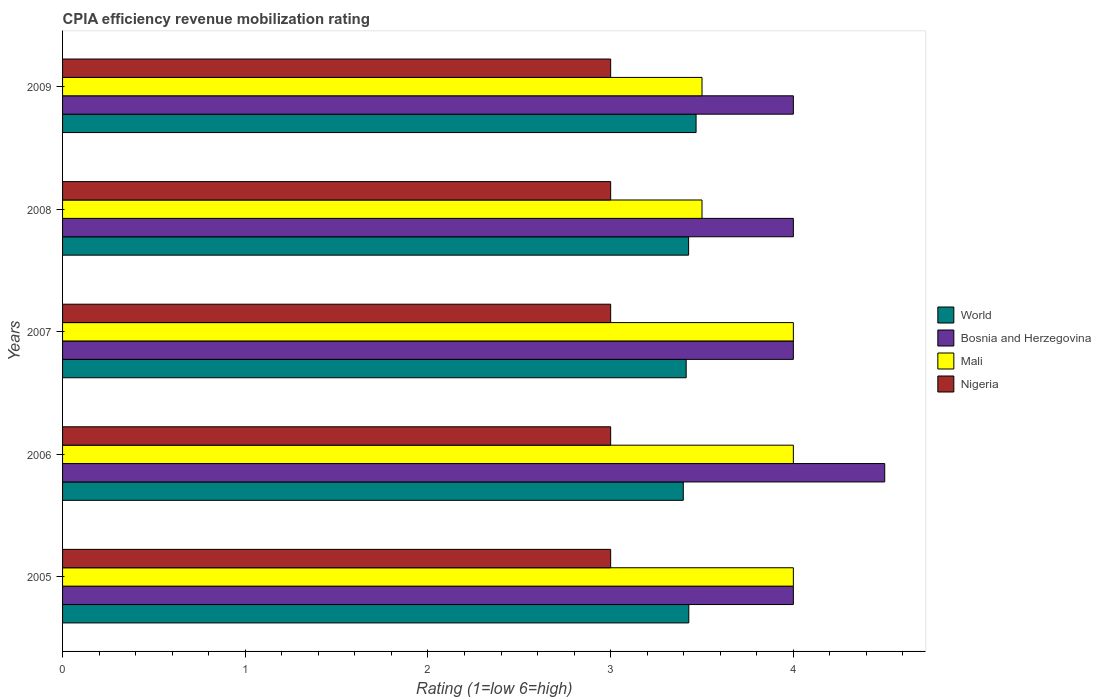
| Years | World | Bosnia and Herzegovina | Mali | Nigeria |
 | --- | --- | --- | --- | --- |
 | 2005 | 3.43 | 4 | 4 | 3 |
 | 2006 | 3.4 | 4.5 | 4 | 3 |
 | 2007 | 3.41 | 4 | 4 | 3 |
 | 2008 | 3.43 | 4 | 3.5 | 3 |
 | 2009 | 3.47 | 4 | 3.5 | 3 |